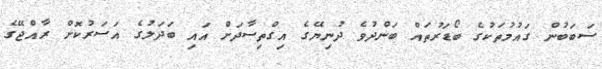
ސަބަބުން ގައުމުތަކުގެ ބޯޑަރުތައް ބަންދުވެ ދުނިޔޭގެ އިގްތިސާދަށް އައި ބަދަލުގެ އަސަރުކޮށް ރާއްޖޭގެ